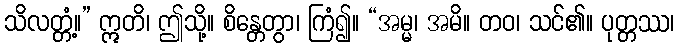
သိလတ္တံ့။” ဣတိ၊ ဤသို့။ စိန္တေတွာ၊ ကြံ၍။ “အမ္မ၊ အမိ။ တဝ၊ သင်၏။ ပုတ္တဿ၊